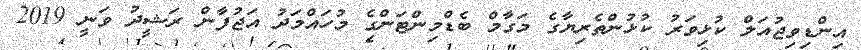
އިންޑިވިޖުއަލް ކުޅިވަރު ކުޅުންތެރިޔާގެ މަގާމް ބެޑްމިންޓަންގެ މުހައްމަދު އަޖުފާން ރަޝީދު ވަނީ 2019